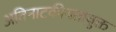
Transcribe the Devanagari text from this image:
अतिनाटकीयतायुक्त